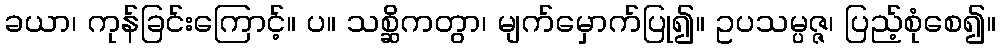
ခယာ၊ ကုန်ခြင်းကြောင့်။ ပ။ သစ္ဆိကတွာ၊ မျက်မှောက်ပြု၍။ ဥပသမ္ပဇ္ဇ၊ ပြည့်စုံစေ၍။